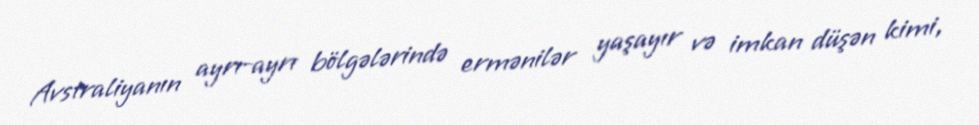
Avstraliyanın ayrı-ayrı bölgələrində ermənilər yaşayır və imkan düşən kimi,